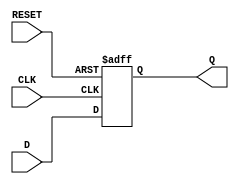
module FlipFlopRegister #(parameter N = 8) (
    input wire [N-1:0] D,      // Data input
    input wire CLK,            // Clock input
    input wire RESET,          // Asynchronous reset
    output reg [N-1:0] Q       // Output
);

    // Asynchronous reset logic
    always @(posedge CLK or posedge RESET) begin
        if (RESET) begin
            Q <= {N{1'b0}}; // Initialize all bits to 0
        end else begin
            Q <= D; // Load data on rising edge of clock
        end
    end

endmodule